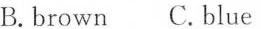
B.brown C.blue